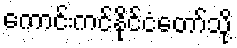
ကောင်းကင်နိုင်ငံတော်သို့